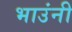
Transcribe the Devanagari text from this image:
भाउंनी